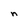
Character: n